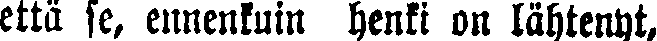
että se, ennenkuin henki on lähtenyt,